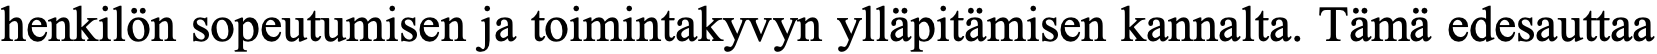
henkilön sopeutumisen ja toimintakyvyn ylläpitämisen kannalta. Tämä edesauttaa